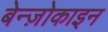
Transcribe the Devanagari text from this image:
बेन्ज़ोकाइन